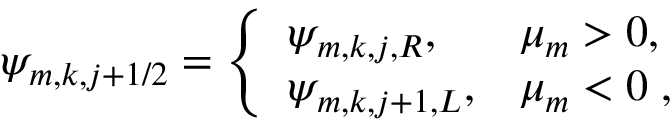
\psi _ { m , k , j + 1 / 2 } = \left\{ \begin{array} { l l } { \psi _ { m , k , j , R } , } & { \mu _ { m } > 0 , } \\ { \psi _ { m , k , j + 1 , L } , } & { \mu _ { m } < 0 \; , } \end{array} \right.